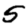
Digit: 5